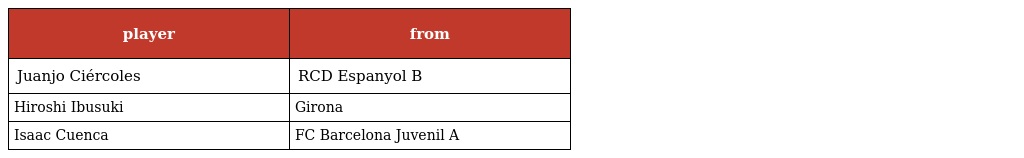
| player | from |
 | --- | --- |
 | Juanjo Ciércoles | RCD Espanyol B |
 | Hiroshi Ibusuki | Girona |
 | Isaac Cuenca | FC Barcelona Juvenil A |